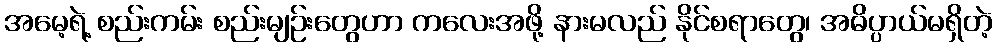
အမေ့ရဲ့ စည်းကမ်း စည်းမျဉ်းတွေဟာ ကလေးအဖို့ နားမလည် နိုင်စရာတွေ၊ အဓိပ္ပာယ်မရှိတဲ့